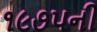
૧૯૭૫ની